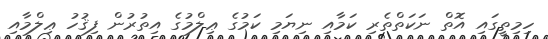
ހިމިތީގައި އޮތް ނަކަތްތެރި ކަމާއި ނިޔަމި ކަމުގެ ޢިލްމުގެ އިތުރުން ފިޤުހު ޢިލްމާއި